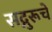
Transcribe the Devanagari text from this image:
सद्गुरूचे